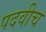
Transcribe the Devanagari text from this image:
पदवीच